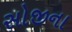
સોજીના